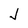
Character: J